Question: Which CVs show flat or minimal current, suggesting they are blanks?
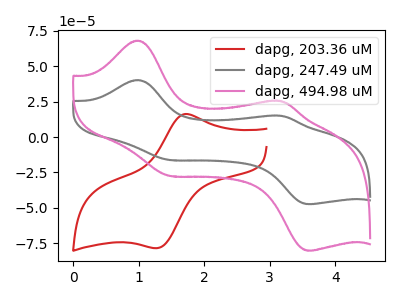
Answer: <think>The red curve "dapg, 203.36 uM" has an anodic peak at (1.70V, 16.05uA) and a cathodic peak at (1.30V, -78.45uA). The gray curve "dapg, 247.49 uM" has anodic peaks at (1.00V, 40.20uA) (3.20V, 14.95uA) and cathodic peaks at (1.45V, -16.05uA) (3.65V, -47.40uA). The pink curve "dapg, 494.98 uM" has anodic peaks at (1.00V, 68.05uA) (3.20V, 25.30uA) and cathodic peaks at (1.45V, -27.20uA) (3.65V, -80.25uA).</think>
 <answer>There are not any CV's on this graph that are likely to be blanks.</answer>
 <eval>none</eval>